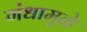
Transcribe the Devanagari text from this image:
गंधामुळे